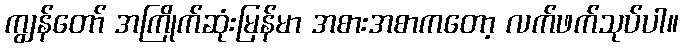
ကျွန်တော် အကြိုက်ဆုံးမြန်မာ အစားအစာကတော့ လက်ဖက်သုပ်ပါ။